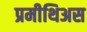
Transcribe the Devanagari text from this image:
प्रमीथिअस